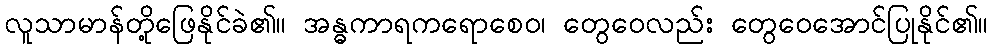
လူသာမာန်တို့ဖြေနိုင်ခဲ၏။ အန္ဓကာရကရောစေဝ၊ တွေဝေလည်း တွေဝေအောင်ပြုနိုင်၏။